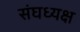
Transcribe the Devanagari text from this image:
संघध्यक्ष